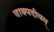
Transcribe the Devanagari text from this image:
वाक्पदीयम्‌